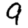
Digit: 9